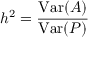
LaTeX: h ^ { 2 } = { \frac { \mathrm { V a r } ( A ) } { \mathrm { V a r } ( P ) } }